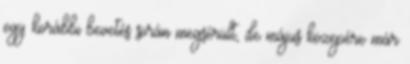
egy korábbi bevetés során megsérült, de május közepére már